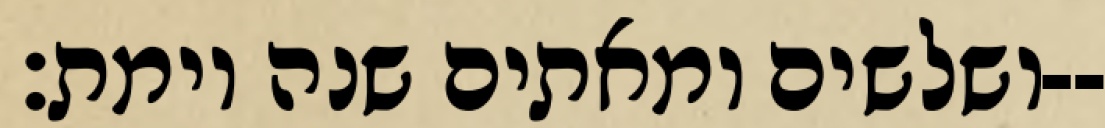
ושלשים ומאתים שנה וימת׃--